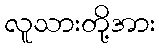
လူသားတို့အား